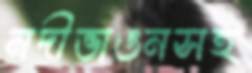
নদীভাঙনসহ